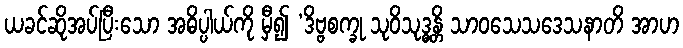
ယခင်ဆိုအပ်ပြီးသော အဓိပ္ပါယ်ကို မှီ၍ ‘ဒိဗ္ဗစက္ခု သုဝိသုဒ္ဓန္တိ သာဝသေသဒေသနာတိ အာဟ